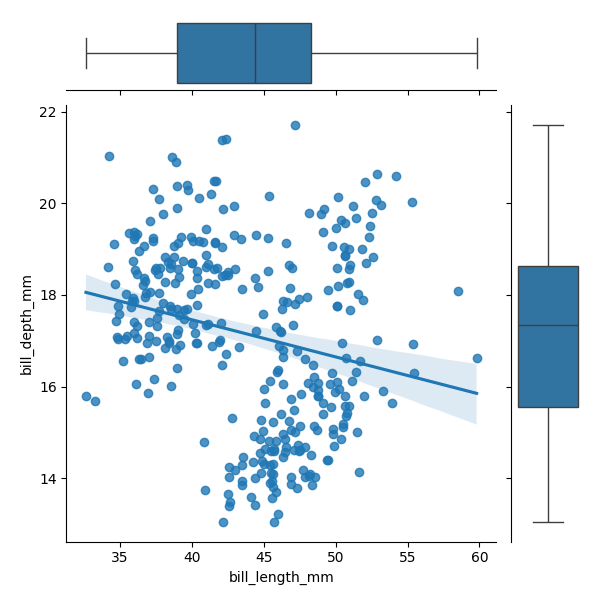
python, seaborn, JointGrid, regplot, boxplot